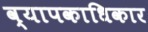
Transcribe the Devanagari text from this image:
व्यापकाधिकार